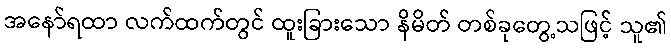
အနော်ရထာ လက်ထက်တွင် ထူးခြားသော နိမိတ် တစ်ခုတွေ့သဖြင့် သူ၏